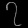
Digit: ၇